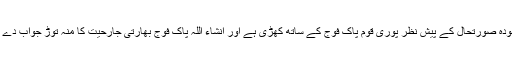
موجودہ صورتحال کے پیش نظر پوری قوم پاک فوج کے ساتھ کھڑی ہے اور انشاء اللہ پاک فوج بھارتی جارحیت کا منہ توڑ جواب دے گی۔